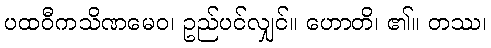
ပထဝီကသိဏမေဝ၊ ဥည်ပင်လျှင်။ ဟောတိ၊ ၏။ တဿ၊